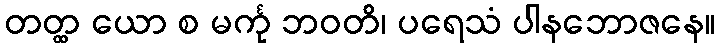
တတ္ထ ယော စ မင်္ကု ဘဝတိ၊ ပရေသံ ပါနဘောဇနေ။